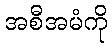
အစီအမံကို